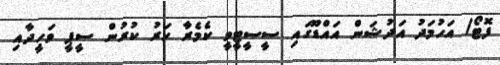
ފޮޓޯ/ އަހުމަދު އަދުޝަން އައްޑޫގައި ސީސީޓީވީ ކެމެރާ ހަރު ކުރުން ސީޕީ ވަހީދާއި